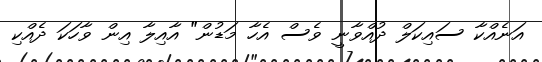
އަނެއްކާ ސައިކަލް ދުއްވާނީ ވެސް އެހާ މަޑުން" އާއިލާ އިން ވާހަކަ ދެއްކި